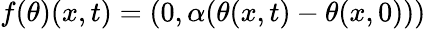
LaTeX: f(\theta)(x,t)=(0,\alpha(\theta(x,t)-\theta(x,0)))